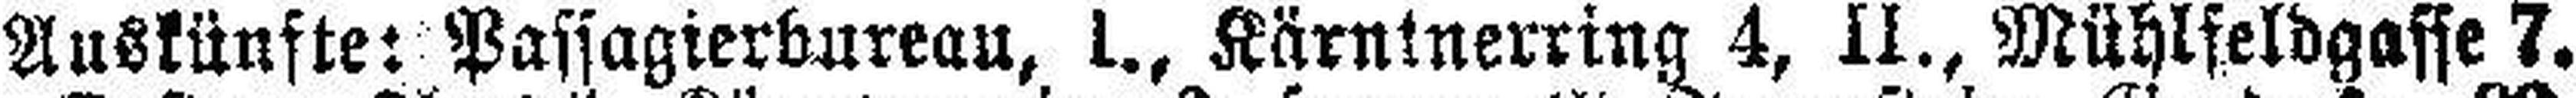
Auskünfte: Passagierbureau, 1., Kärninerring 4, II., Mühlfeldgasse 7.